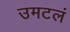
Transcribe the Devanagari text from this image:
उमटलं